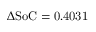
\Delta \mathrm { S o C = 0 . 4 0 3 1 }